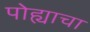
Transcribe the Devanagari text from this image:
पोह्याचा